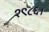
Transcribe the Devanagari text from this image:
१९८६।